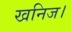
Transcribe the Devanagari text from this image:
खनिज।